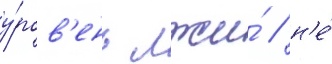
у́ров'ень лжи́ / н'е́